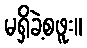
မရှိခဲ့စဖူး။